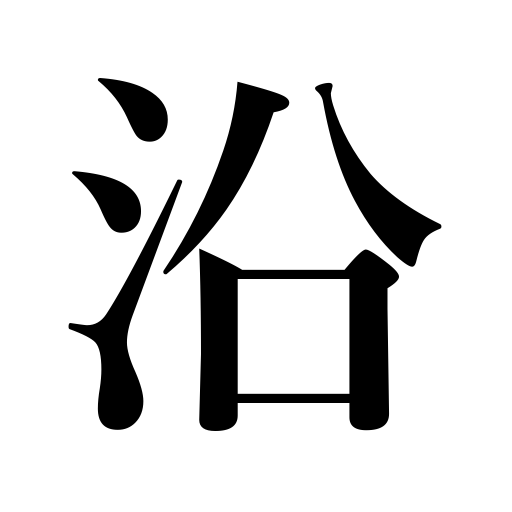
Meanings: following along,run along,lie along,be situated on